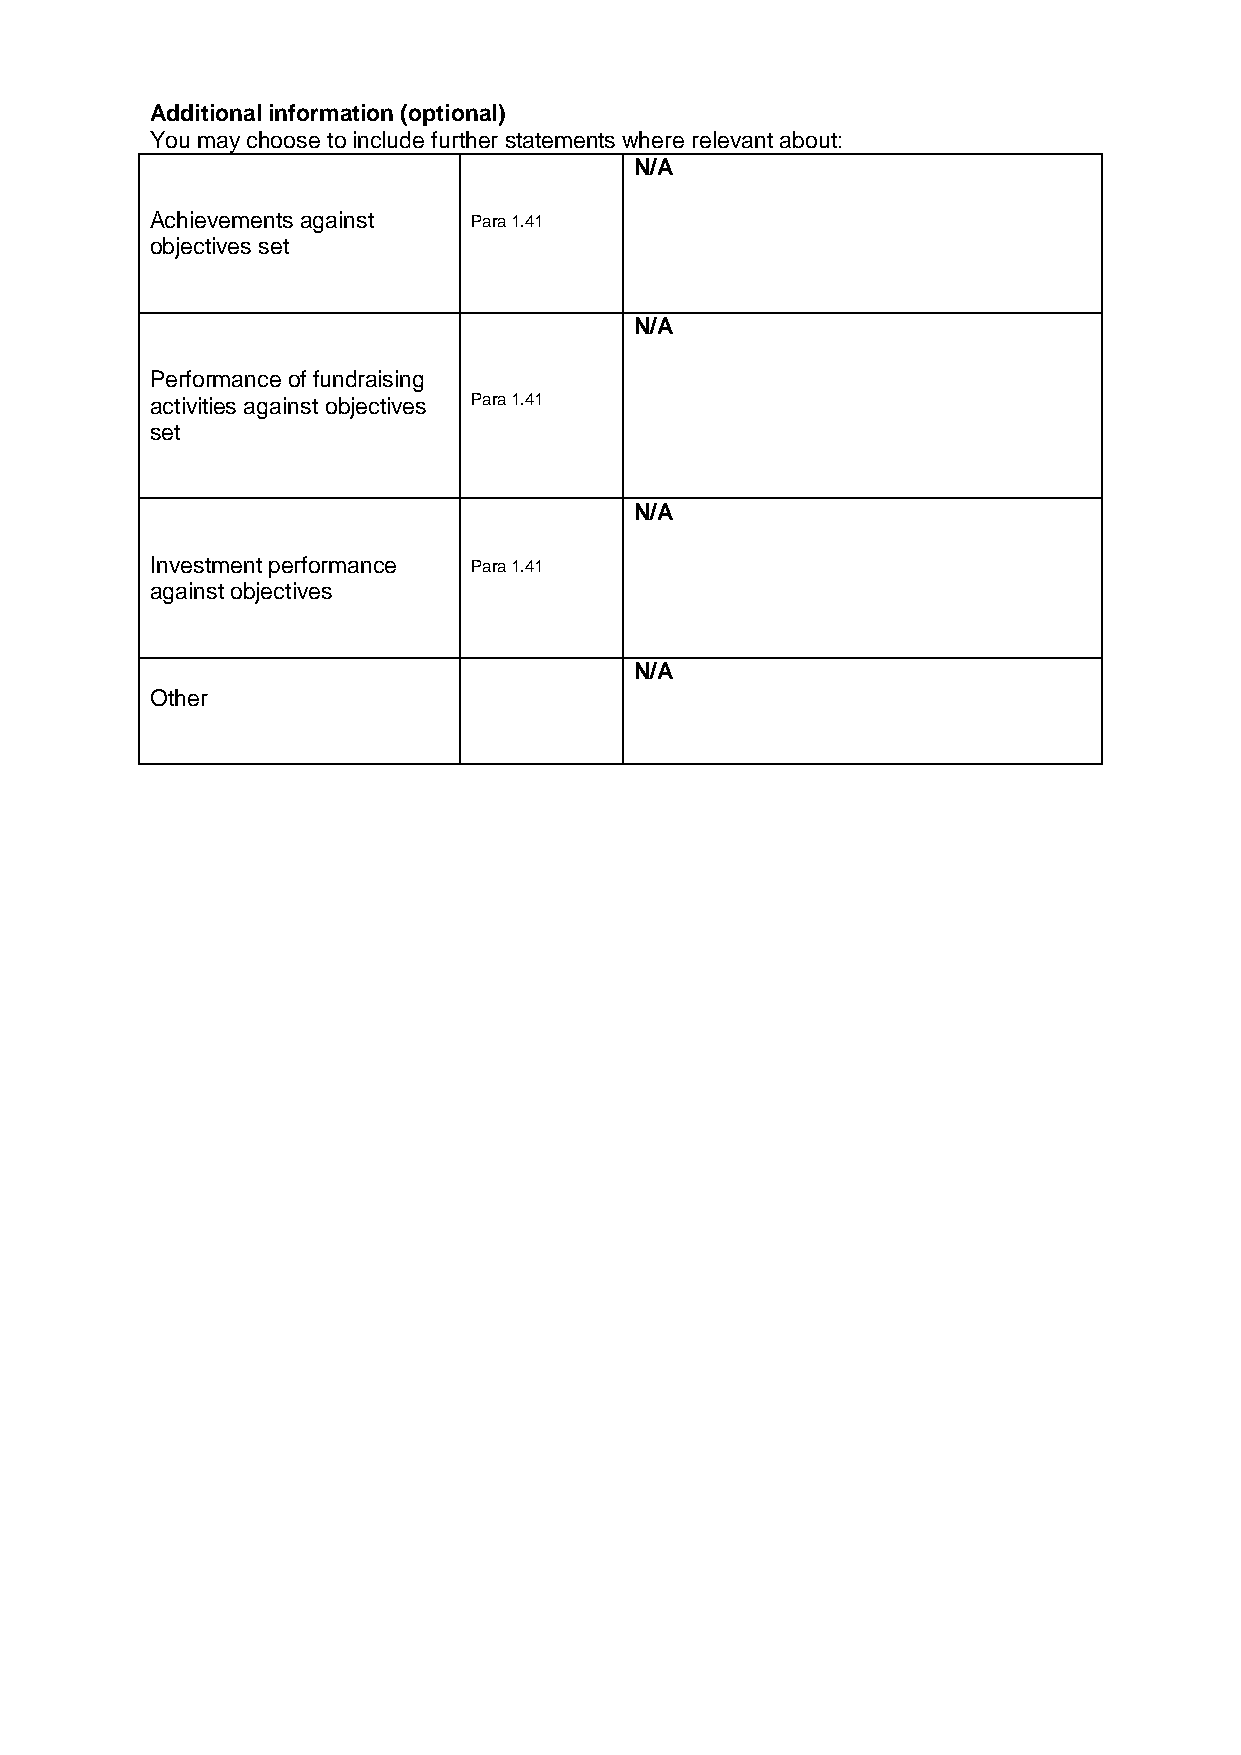
Additional information (optional)
 You may choose to include further statements where relevant about:
 N/A
 Achievements against Para 1.41
 objectives set
 N/A
 Performance of fundraising
 activities against objectives Para 1.41
 set
 N/A
 Investment performance Para 1.41
 against objectives
 N/A
 Other